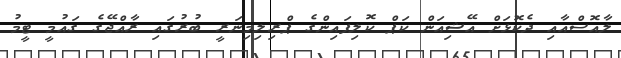
ލާއޮސްއާއި ދެކޮޅަށް އޭޝިއަން ކަޕް ކޮލިފައިންގެ ޕްރިލިމިނަރީ ބުރުގައި ރާއްޖޭގެ ގައުމީ ޓީމު